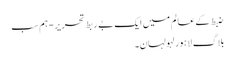
ضبط کے عالم میں ایک بے ربط تحریر - ہم سب
بلاگ لاہور لہولہان۔